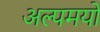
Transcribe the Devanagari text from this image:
अल्पमयो